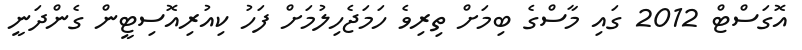
އޮގަސްޓް 2012 ގައި މާސްގެ ބިމަށް ތިރިވެ ހަމަޖެހިލުމަށް ފަހު ކިއުރިއޮސިޓީން ގެންދަނީ